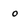
Character: o